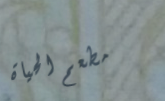
مطعم الحياة